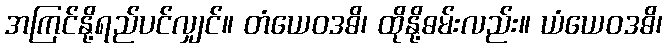
အကြင်နို့ရည်ပင်လျှင်။ တံယေဝဒဓိ၊ ထိုနို့ဓမ်းလည်း။ ယံယေဝဒဓိ၊